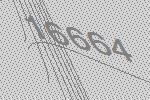
16664